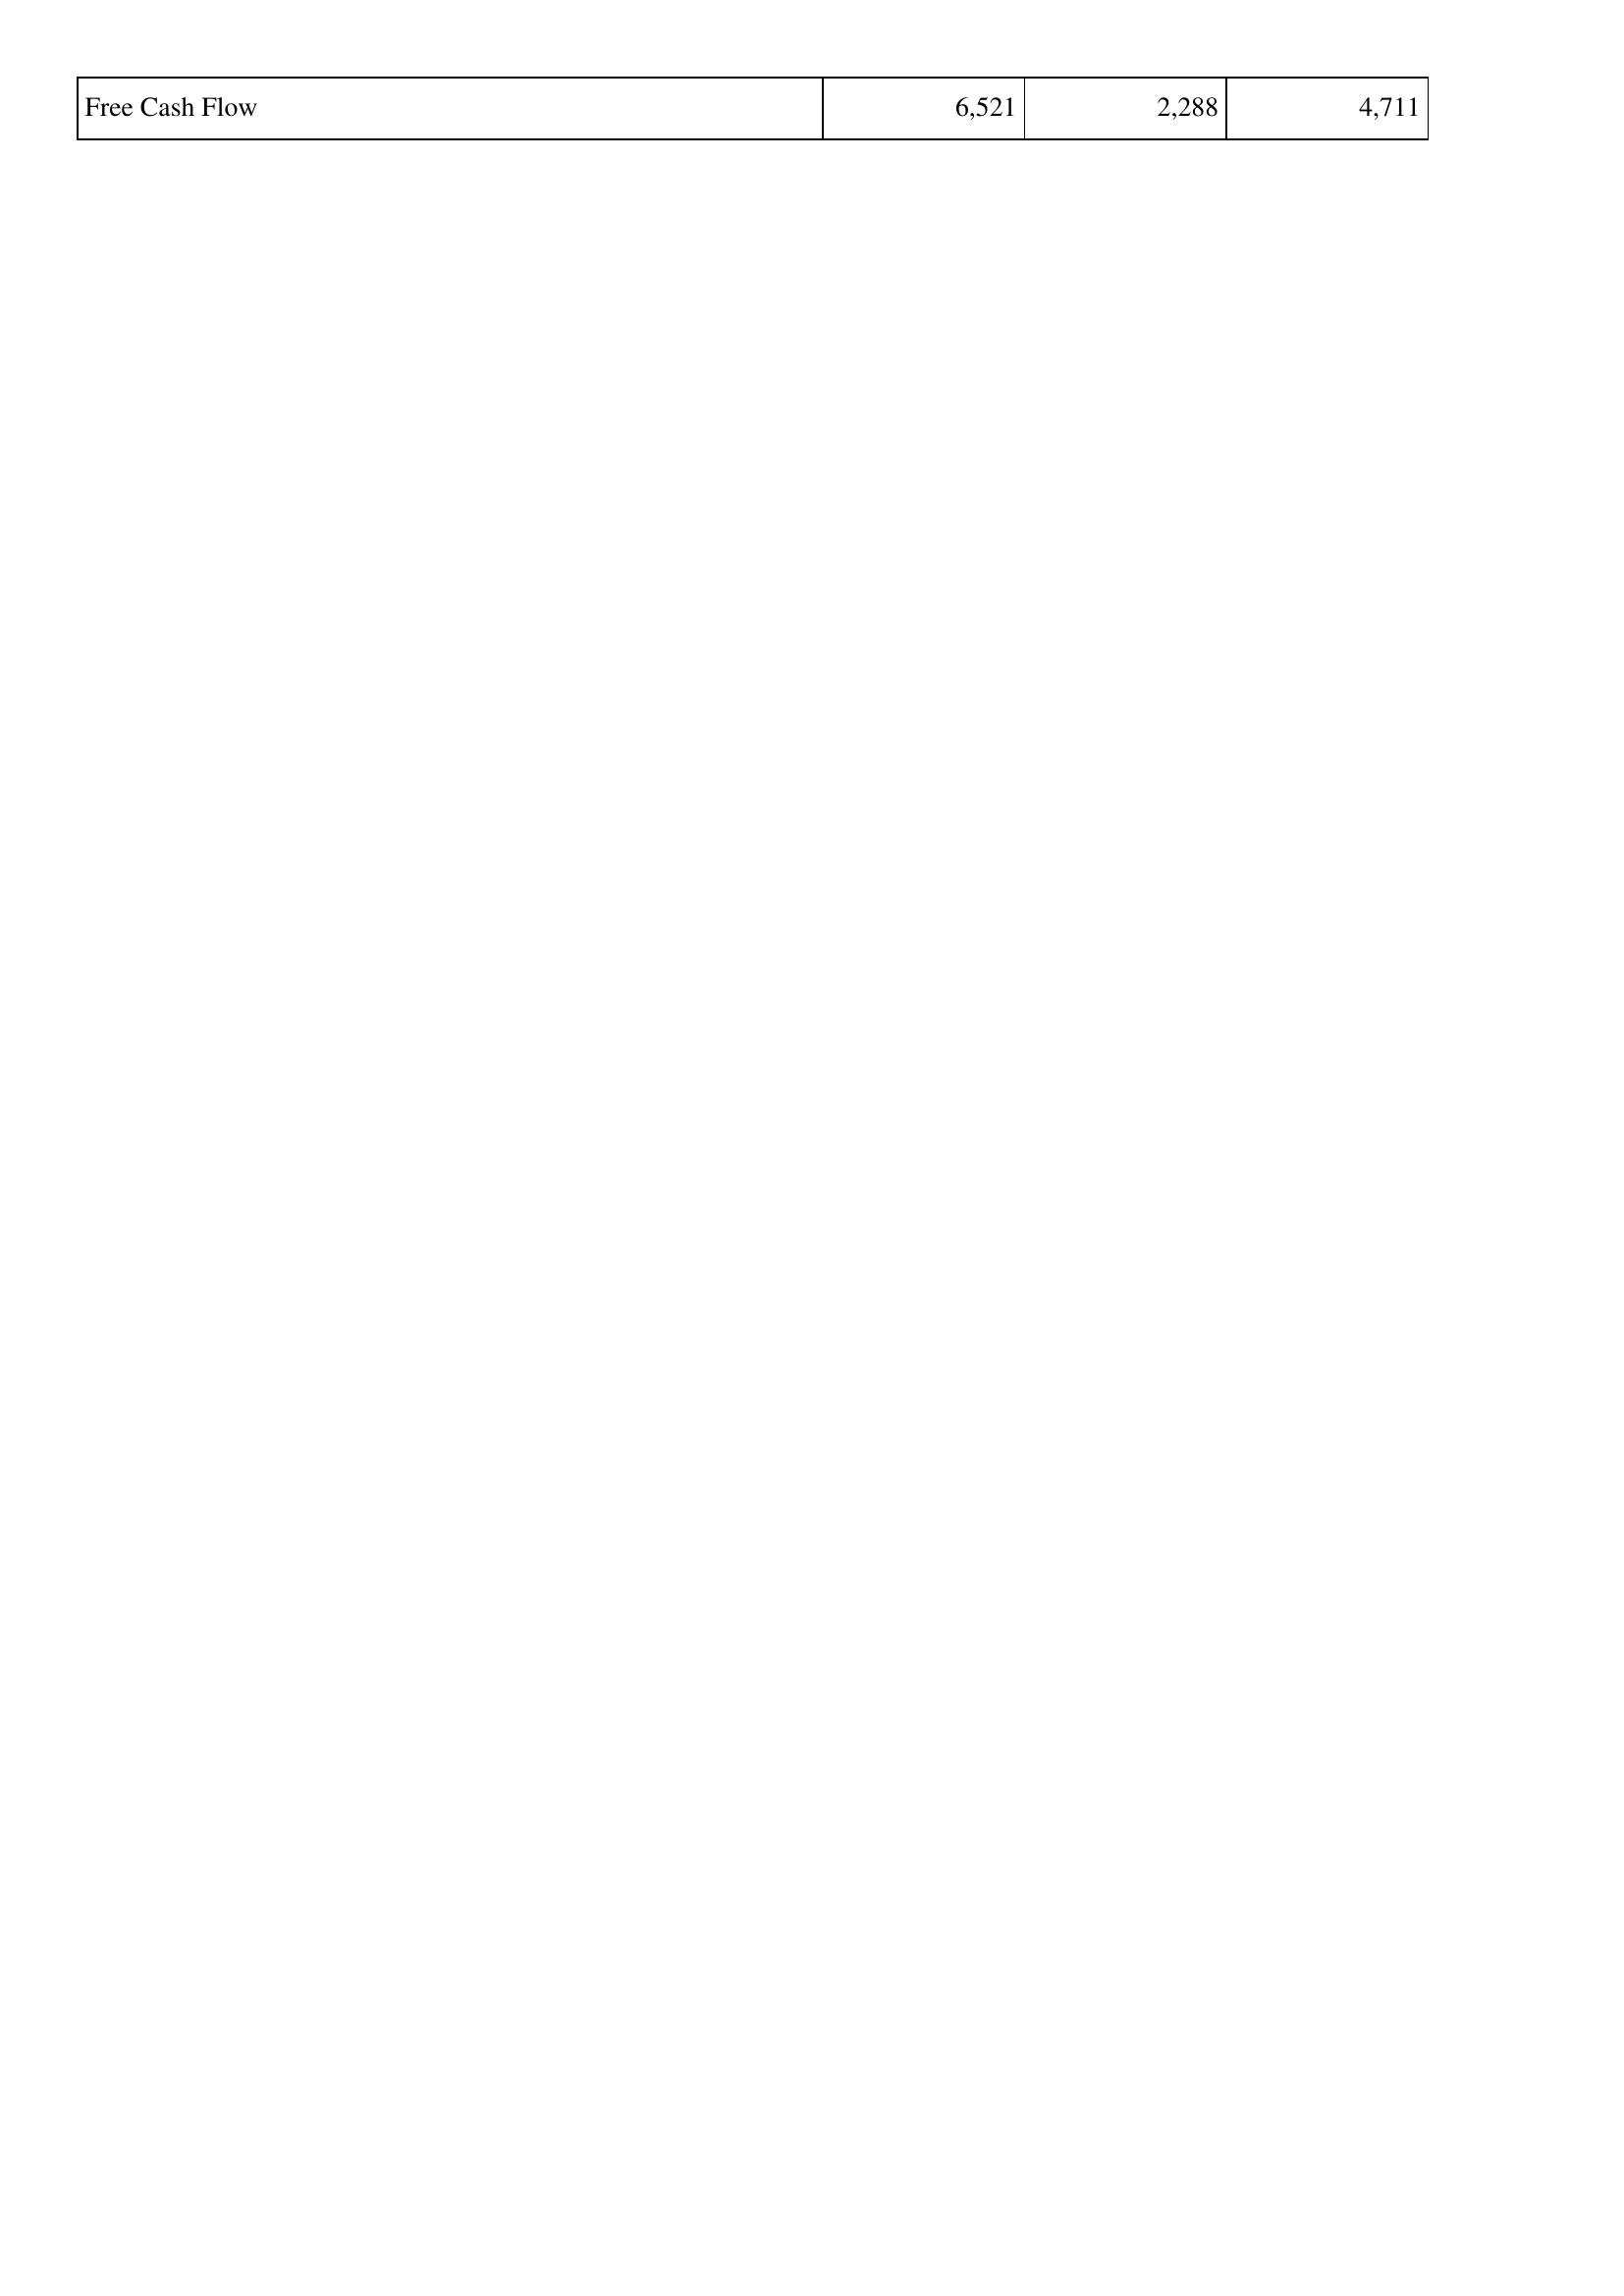
2009: Financing Activities: Free Cash Flow: 6,521
2010: Financing Activities: Free Cash Flow: 2,288
2011: Financing Activities: Free Cash Flow: 4,711